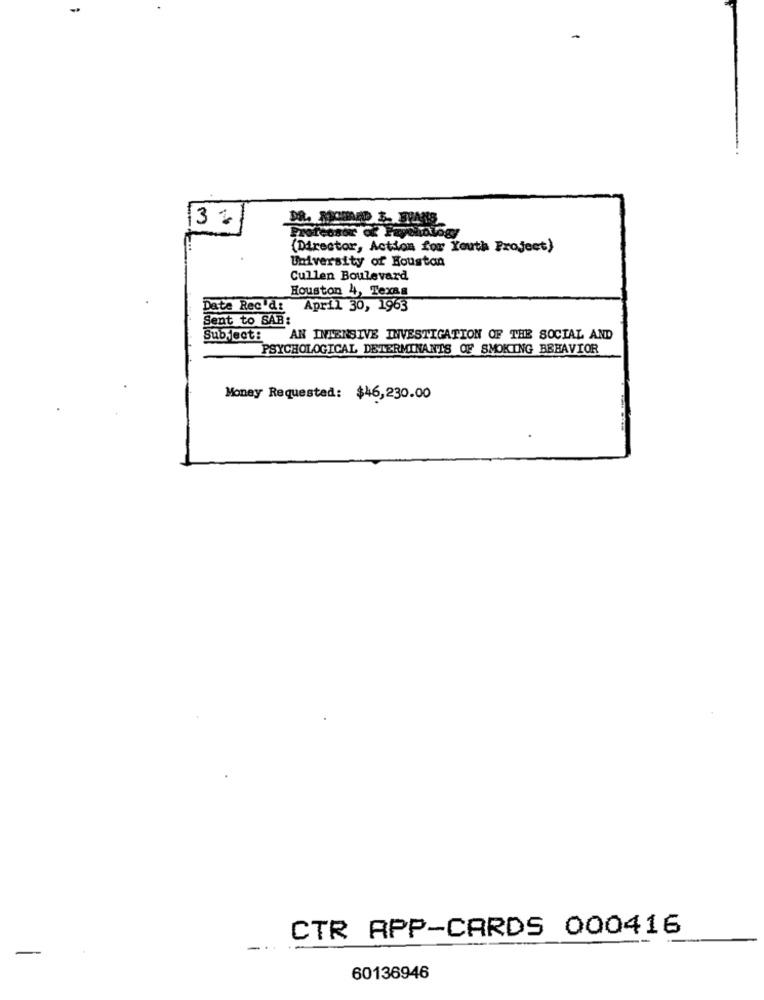
3%
Professor of Paperology
(Director, Action for Youth Project)
University of Houston
Cullen Boulevard
Houston 4, Texas
Date Rec'd: April 30, 1963
Sent to SAB:
Subject: AN INTENSIVE INVESTIGATION OF THE SOCIAL AND
PSYCHOLOGICAL DETERMINANTS OF SMOKING BEHAVIOR
Money Requested: $46,230.00
CTR APP-CARDS 000416
60136946